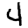
Digit: 4